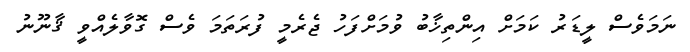
ނަމަވެސް ލީޑަރު ކަމަށް އިންތިޚާބު ވުމަށްފަހު ޖެރެމީ ފުރަތަމަ ވެސް ގޮވާލެއްވީ ޤާނޫނު